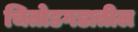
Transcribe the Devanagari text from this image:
चितोडगडातील